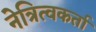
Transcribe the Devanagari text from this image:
नेत्रित्वकर्ता